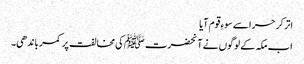
اتر کر حرا سے سوءِ قوم آیا
اب مکہ کے لوگوں نے آنحضرت ﷺکی مخالفت پر کمر باندھی۔